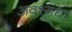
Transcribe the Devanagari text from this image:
अवश्गंधा